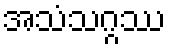
အသံသဂ္ဂဿ